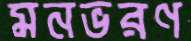
মনভরণ